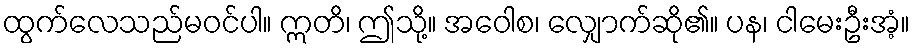
ထွက်လေသည်မဝင်ပါ။ ဣတိ၊ ဤသို့။ အဝေါစ၊ လျှောက်ဆို၏။ ပန၊ ငါမေးဦးအံ့။